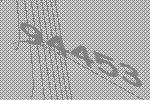
94453